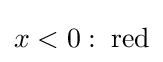
x<0:\;{\text{red}}